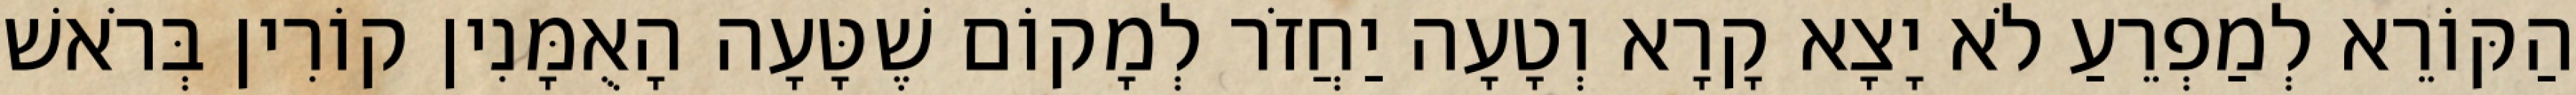
הַקּוֹרֵא לְמַפְרֵעַ לֹא יָצָא קָרָא וְטָעָה יַחֲזֹר לְמָקוֹם שֶׁטָּעָה הָאֻמָּנִין קוֹרִין בְּרֹאשׁ